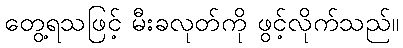
တွေ့ရသဖြင့် မီးခလုတ်ကို ဖွင့်လိုက်သည်။